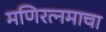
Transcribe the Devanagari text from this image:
मणिरत्नमाचा